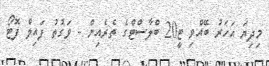
މިދިޔަ އަހަރު ބޭއްވި ޓީ20 ބްލާސްޓްގެ ތެރެއިން - ވަގުތު ފައިލް ފޮޓޯ